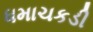
ધમાચકડી